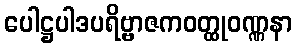
ပေါဋ္ဌပါဒပရိဗ္ဗာဇကဝတ္ထုဝဏ္ဏနာ